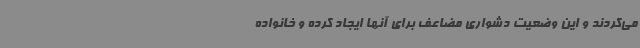
می‌کردند و این وضعیت دشواری مضاعف برای آنها ایجاد کرده و خانواده‌